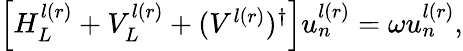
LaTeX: \begin{array}{r}{\left[H_{L}^{l(r)}+V_{L}^{l(r)}+(V^{l(r)})^{\dagger}\right]u_{n}^{l(r)}=\omega u_{n}^{l(r)},}\end{array}